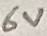
Text: 6V